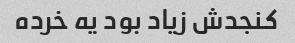
کنجدش زیاد بود یه خرده